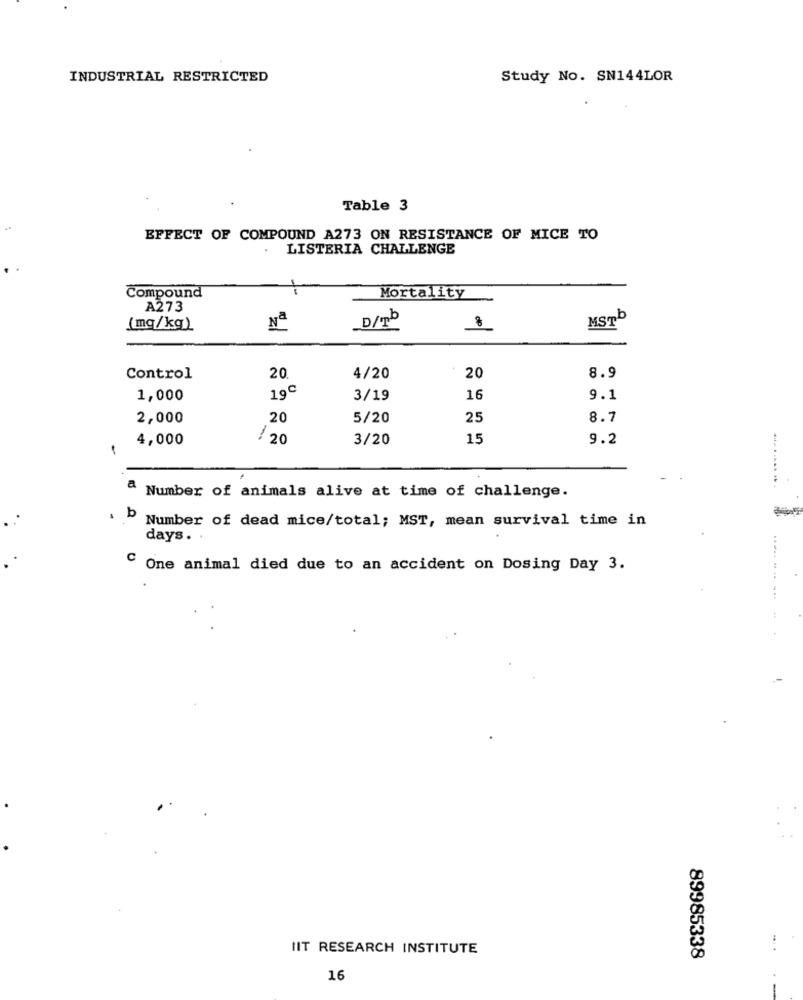
INDUSTRIAL RESTRICTED
Study No. SN144LOR
Table 3
EFFECT OF COMPOUND A273 ON RESISTANCE OF MICE TO
. LISTERIA CHALLENGE
Mortality
Compound
A273
D/b
8
MSTb
(mg/kg)
Nº
20
8.9
Control
20.
4/20
19℃
1,000
3/19
16
9.1
2,000
20
5/20
25
8.7
4,000
/ 20
3/20
15
9.2
-
a.
Number of animals alive at time of challenge.
b
Number of dead mice/total; MST, mean survival time in
days.
C One animal died due to an accident on Dosing Day 3.
IIT RESEARCH INSTITUTE
89985338
16